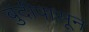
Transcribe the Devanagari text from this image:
बुंदीपासून